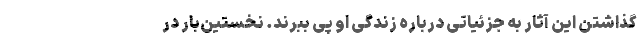
گذاشتن این آثار به جزئیاتی درباره زندگی او پی ببرند. نخستین‌بار در